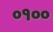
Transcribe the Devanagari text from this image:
०१००